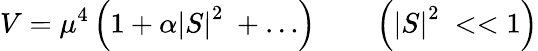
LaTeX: V=\mu^{4}\left(1+\alpha\left|S\right|^{2}\ +\ldots\right)\qquad\left(\left|S\right|^{2}\ <<1\right)